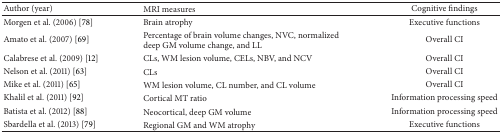
<table><thead><tr><td><b>Author (year)</b></td><td><b>MRI measures</b></td><td><b>Cognitive findings</b></td></tr></thead><tbody><tr><td>Morgen et al. (2006) [78]</td><td>Brain atrophy</td><td>Executive functions</td></tr><tr><td>Amato et al. (2007) [69]</td><td>Percentage of brain volume changes, NVC, normalized deep GM volume change, and LL</td><td>Overall CI</td></tr><tr><td>Calabrese et al. (2009) [12]</td><td>CLs, WM lesion volume, CELs, NBV, and NCV</td><td>Overall CI</td></tr><tr><td>Nelson et al. (2011) [63]</td><td>CLs</td><td>Overall CI</td></tr><tr><td>Mike et al. (2011) [65]</td><td>WM lesion volume, CL number, and CL volume</td><td>Overall CI</td></tr><tr><td>Khalil et al. (2011) [92]</td><td>Cortical MT ratio</td><td>Information processing speed</td></tr><tr><td>Batista et al. (2012) [88]</td><td>Neocortical, deep GM volume</td><td>Information processing speed</td></tr><tr><td>Sbardella et al. (2013) [79]</td><td>Regional GM and WM atrophy</td><td>Executive functions</td></tr></tbody></table>